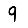
Digit: 9